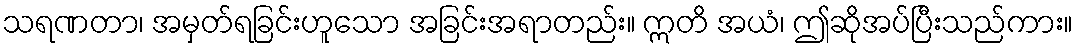
သရဏတာ၊ အမှတ်ရခြင်းဟူသော အခြင်းအရာတည်း။ ဣတိ အယံ၊ ဤဆိုအပ်ပြီးသည်ကား။